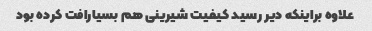
علاوه براینکه دیر رسید کیفیت شیرینی هم بسیارافت کرده بود